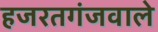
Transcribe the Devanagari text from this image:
हजरतगंजवाले